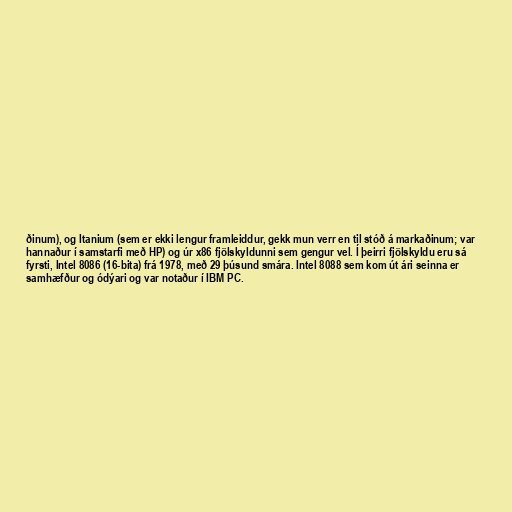
ðinum), og Itanium (sem er ekki lengur framleiddur, gekk mun verr en til stóð á markaðinum; var
hannaður í samstarfi með HP) og úr x86 fjölskyldunni sem gengur vel. Í þeirri fjölskyldu eru sá
fyrsti, Intel 8086 (16-bita) frá 1978, með 29 þúsund smára. Intel 8088 sem kom út ári seinna er
samhæfður og ódýari og var notaður í IBM PC.